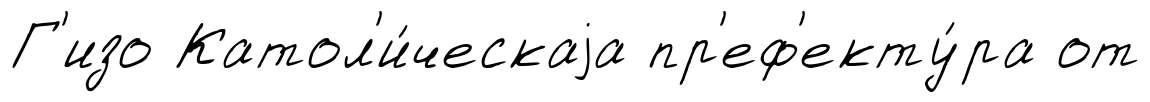
Г'изо Катол'и́ческаjа пр'еф'екту́ра от